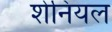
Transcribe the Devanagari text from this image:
शेनियल